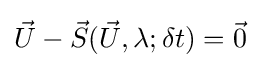
{\vec {U}}-{\vec {S}}({\vec {U}},\lambda ;\delta t)={\vec {0}}